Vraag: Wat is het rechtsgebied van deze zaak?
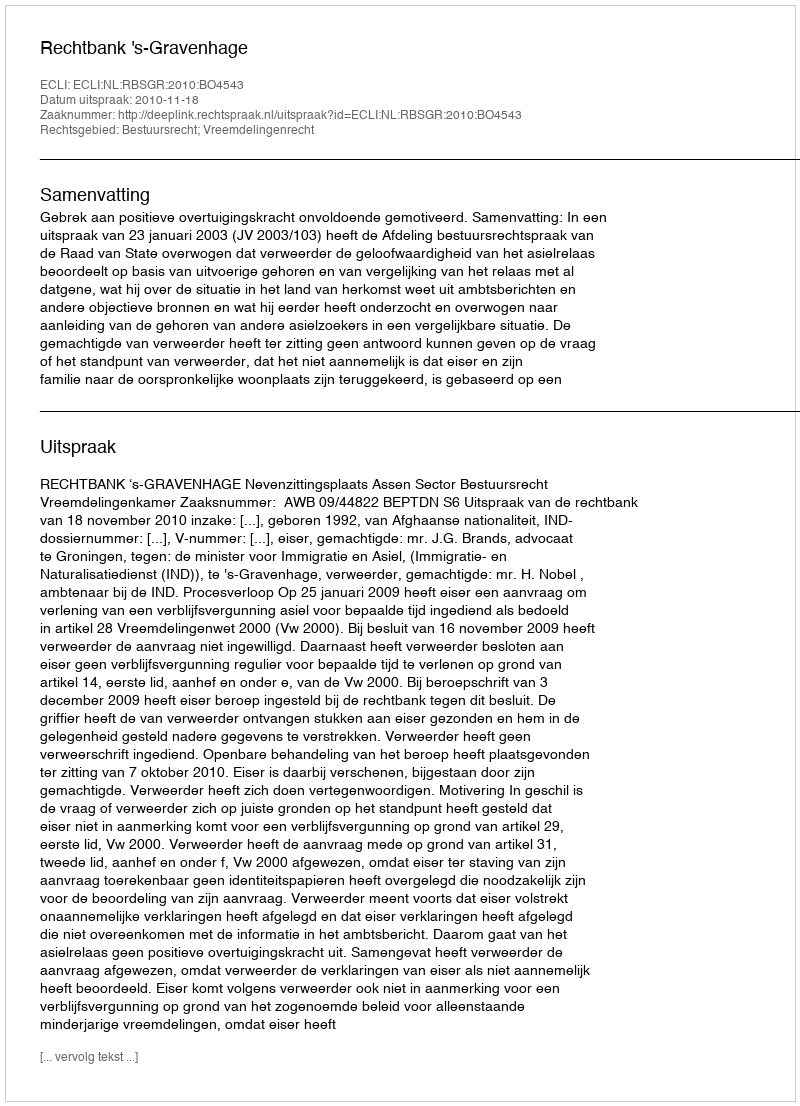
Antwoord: Bestuursrecht; Vreemdelingenrecht